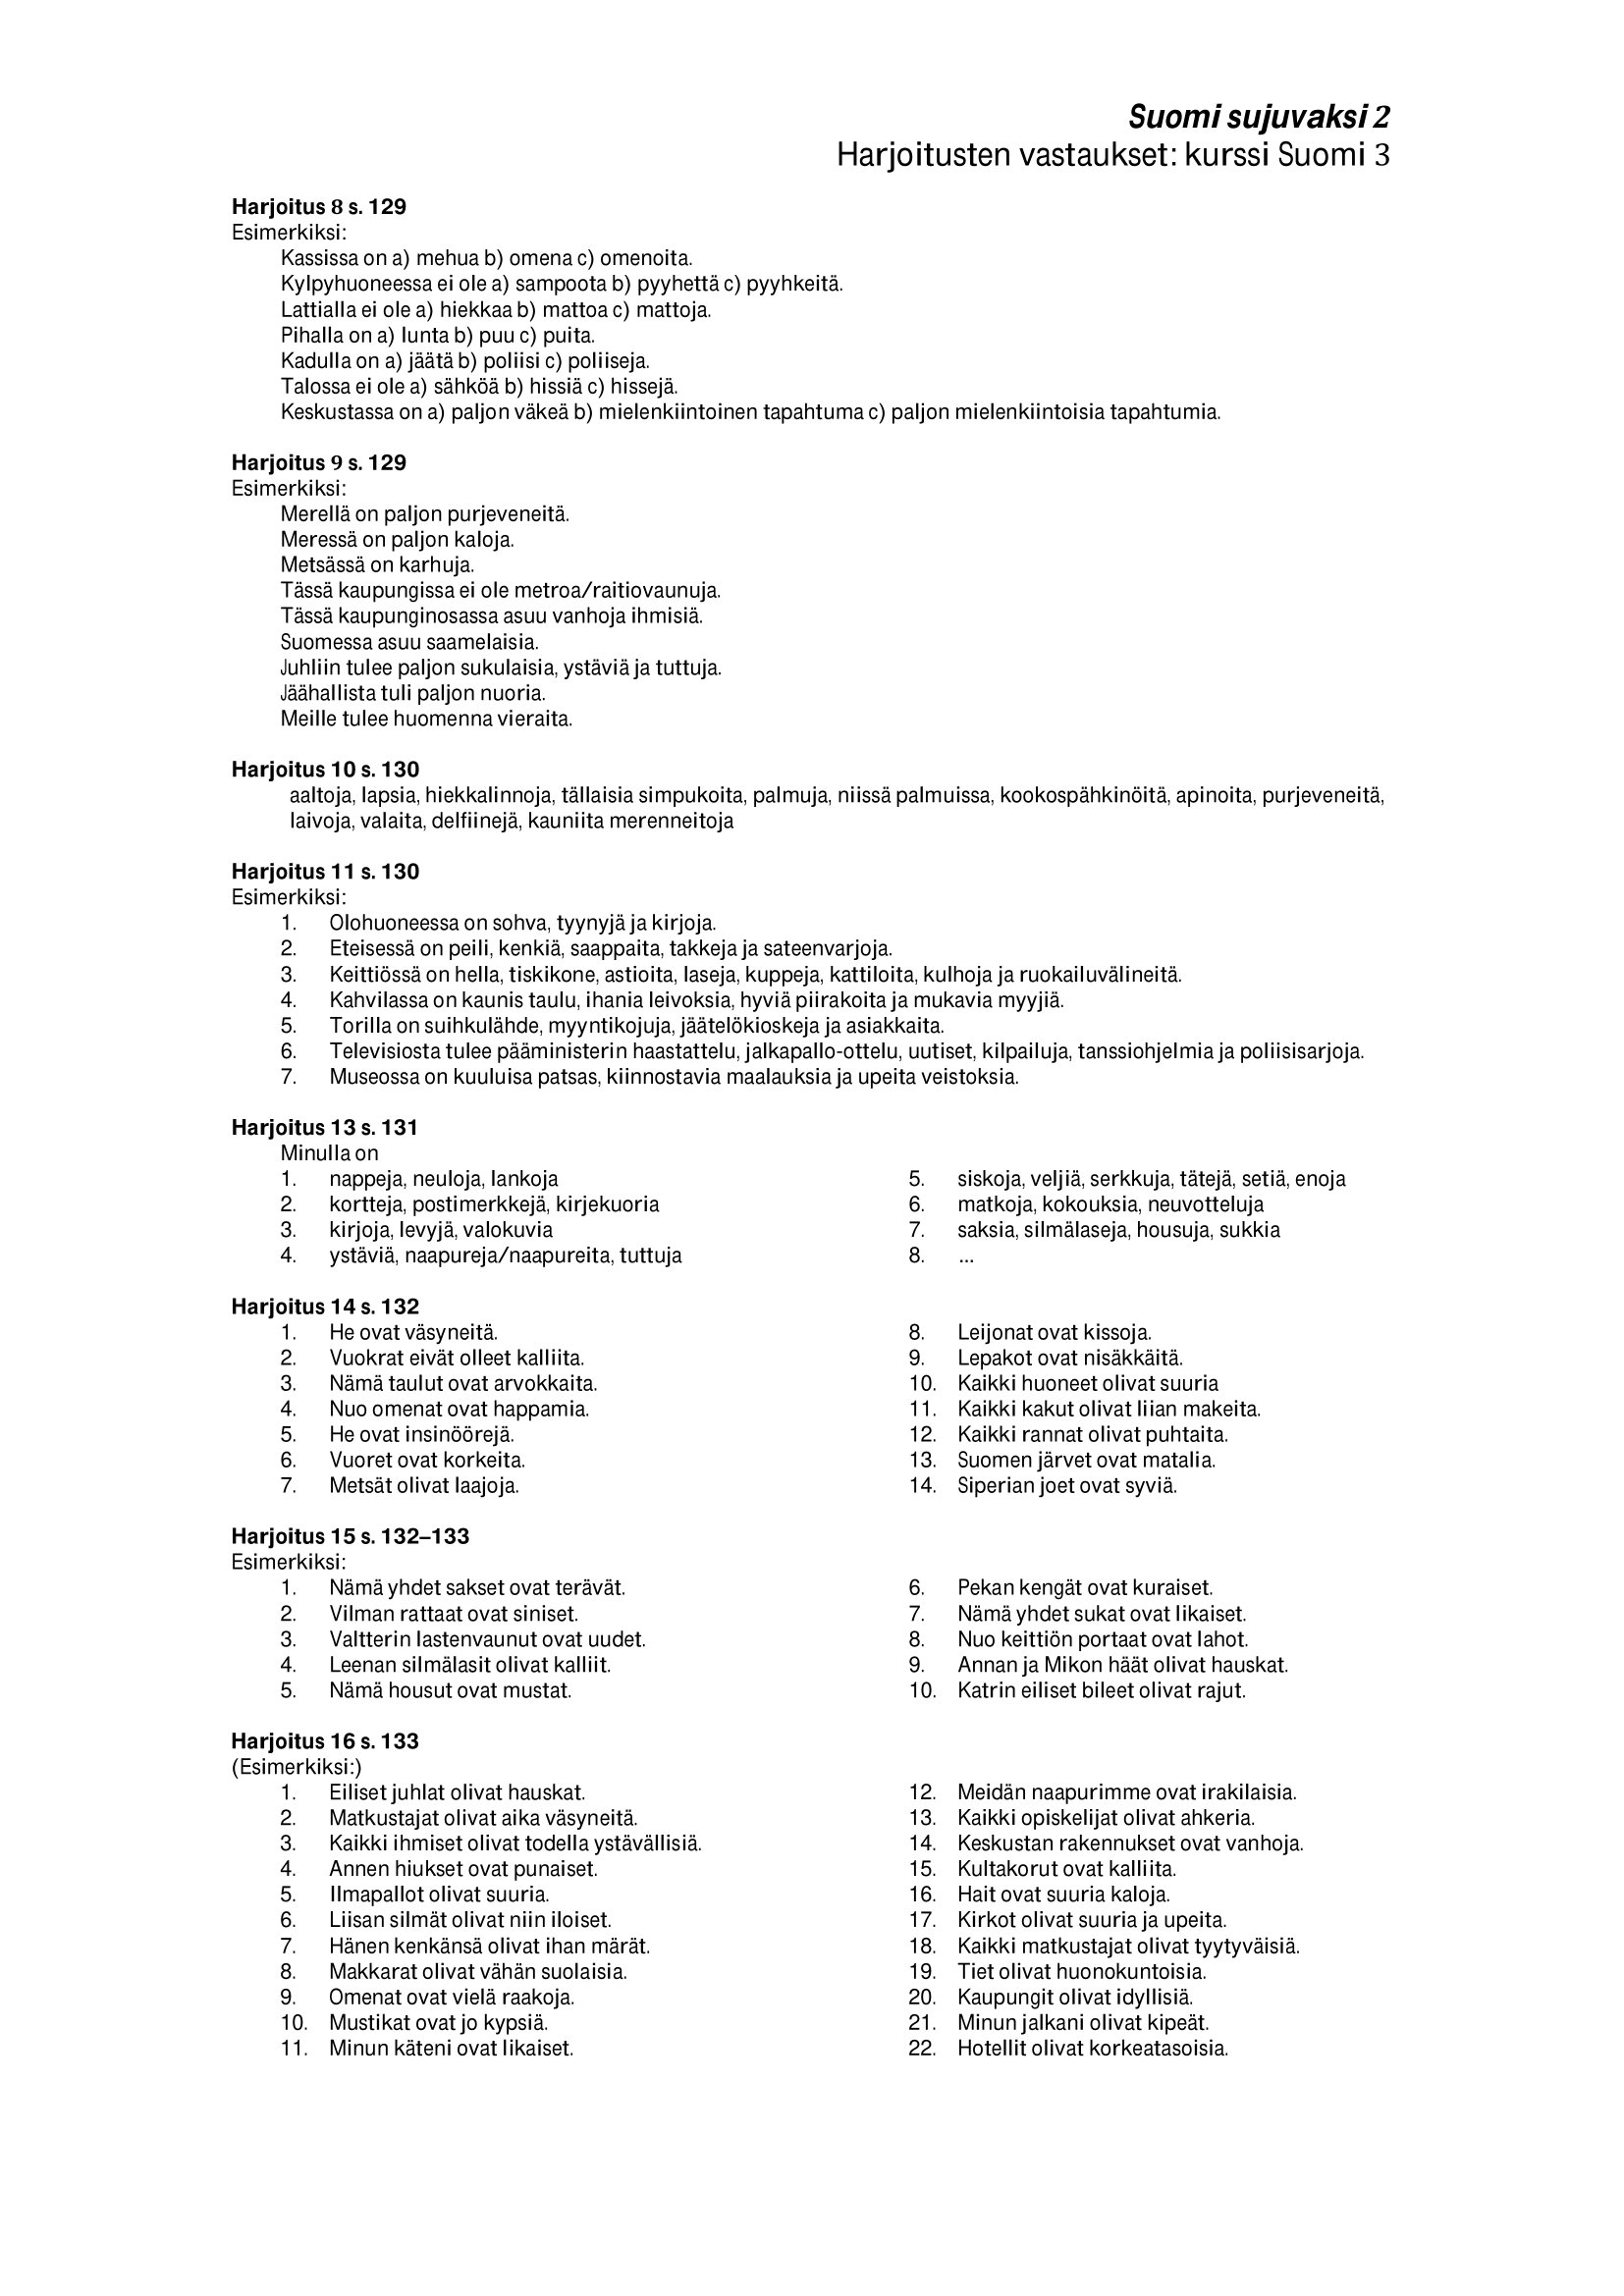
Language: fn